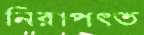
নিরাপত্ত